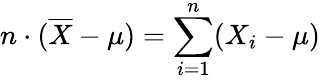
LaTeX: n\cdot({\overline{{X}}}-\mu)=\sum_{i=1}^{n}(X_{i}-\mu)